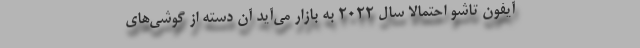
آیفون تاشو احتمالاً سال 2022 به بازار می‌آید آن دسته از گوشی‌های